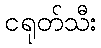
ငရုတ်သီး